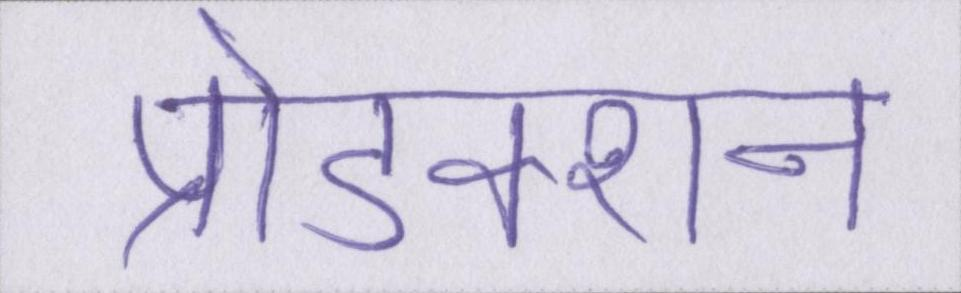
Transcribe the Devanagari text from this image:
प्रोडक्शन